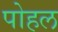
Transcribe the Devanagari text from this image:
पोहल